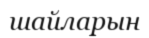
шайларын